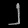
Digit: ၂